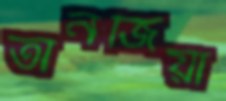
তানজিয়া